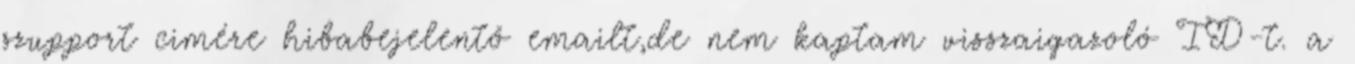
szupport cimére hibabejelentő emailt,de nem kaptam visszaigazoló ID-t. a